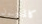
كالمجنون